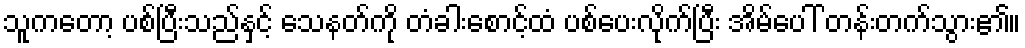
သူကတော့ ပစ်ပြီးသည်နှင့် သေနတ်ကို တံခါးစောင့်ထံ ပစ်ပေးလိုက်ပြီး အိမ်ပေါ် တန်းတက်သွား၏။